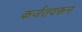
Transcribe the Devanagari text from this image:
कर्जतवरून